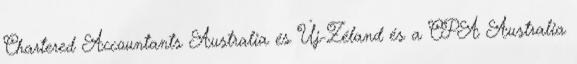
Chartered Accountants Australia és Új-Zéland és a CPA Australia